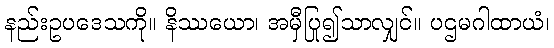
နည်းဥပဒေသကို။ နိဿယော၊ အမှီပြု၍သာလျှင်။ ပဌမဂါထာယံ၊